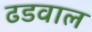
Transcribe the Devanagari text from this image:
ढडवाल